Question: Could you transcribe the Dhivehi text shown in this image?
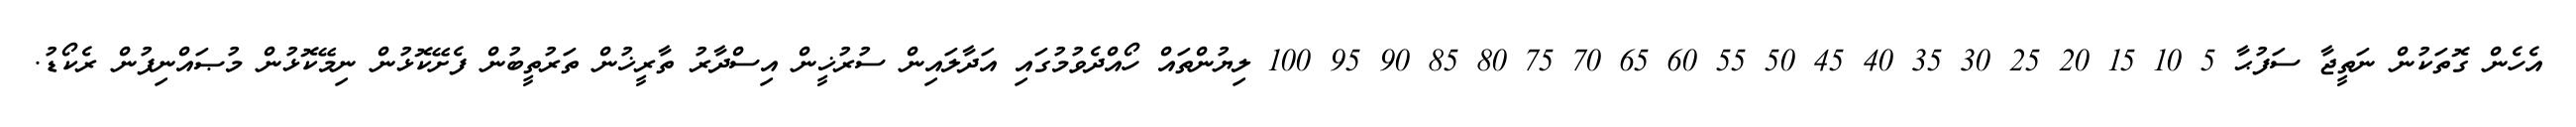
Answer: އެހެން ގޮތަކުން ނަތީޖާ ސަފުޙާ 5 10 15 20 25 30 35 40 45 50 55 60 65 70 75 80 85 90 95 100 ލިޔުންތައް ހޯއްދެވުމުގައި އަދާލައިން ސުރުޚީން އިސްދާރު ތާރީޚުން ތަރުތީބުން ފެށޭކޮޅުން ނިމޭކޮޅުން މުޞައްނިފުން ރެކޯޑު.